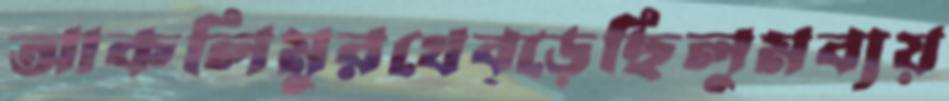
আকলিমুরথেব্‌ড়েছিলুমব্যয়